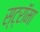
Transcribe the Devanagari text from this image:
स्ट्राॅमा